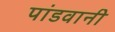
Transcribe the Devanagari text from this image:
पांडवानी